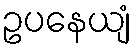
ဥပနေယျံ